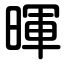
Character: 暉